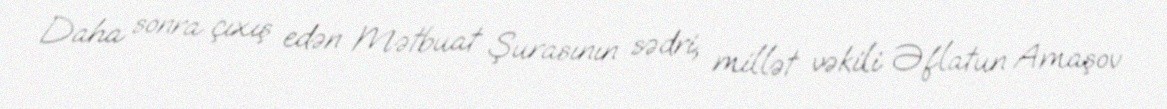
Daha sonra çıxış edən Mətbuat Şurasının sədri, millət vəkili Əflatun Amaşov